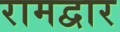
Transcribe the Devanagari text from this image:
रामद्वार